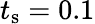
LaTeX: t_{\textrm{s}}=0.1